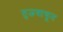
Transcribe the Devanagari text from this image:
तुजवाचून